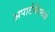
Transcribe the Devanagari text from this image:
अपार्टमेंटमध्ये